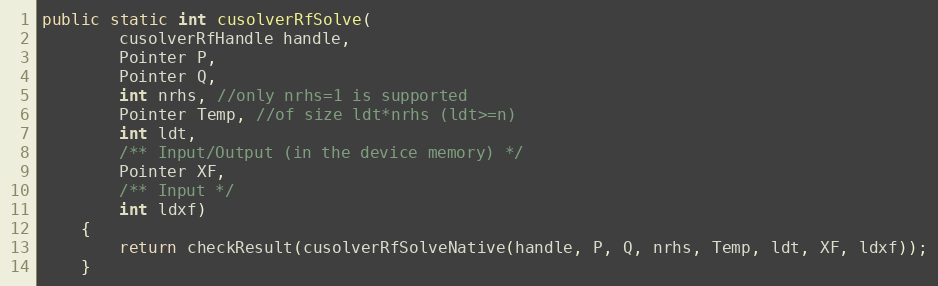
Language: Java
public static int cusolverRfSolve(
        cusolverRfHandle handle,
        Pointer P,
        Pointer Q,
        int nrhs, //only nrhs=1 is supported
        Pointer Temp, //of size ldt*nrhs (ldt>=n)
        int ldt,
        /** Input/Output (in the device memory) */
        Pointer XF,
        /** Input */
        int ldxf)
    {
        return checkResult(cusolverRfSolveNative(handle, P, Q, nrhs, Temp, ldt, XF, ldxf));
    }